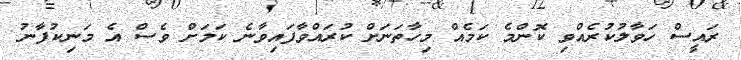
ރައީސް ހަވާލުކުރެއްވި ކޮންމެ ކަމެއް މިހާތަނަށް ކުރައްވާފައިވާނެ ކަމަށް ވެސް އެ މަނިކުފާނު